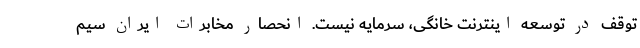
توقف در توسعه اینترنت خانگی، سرمایه نیست. انحصار مخابرات ایران سیم